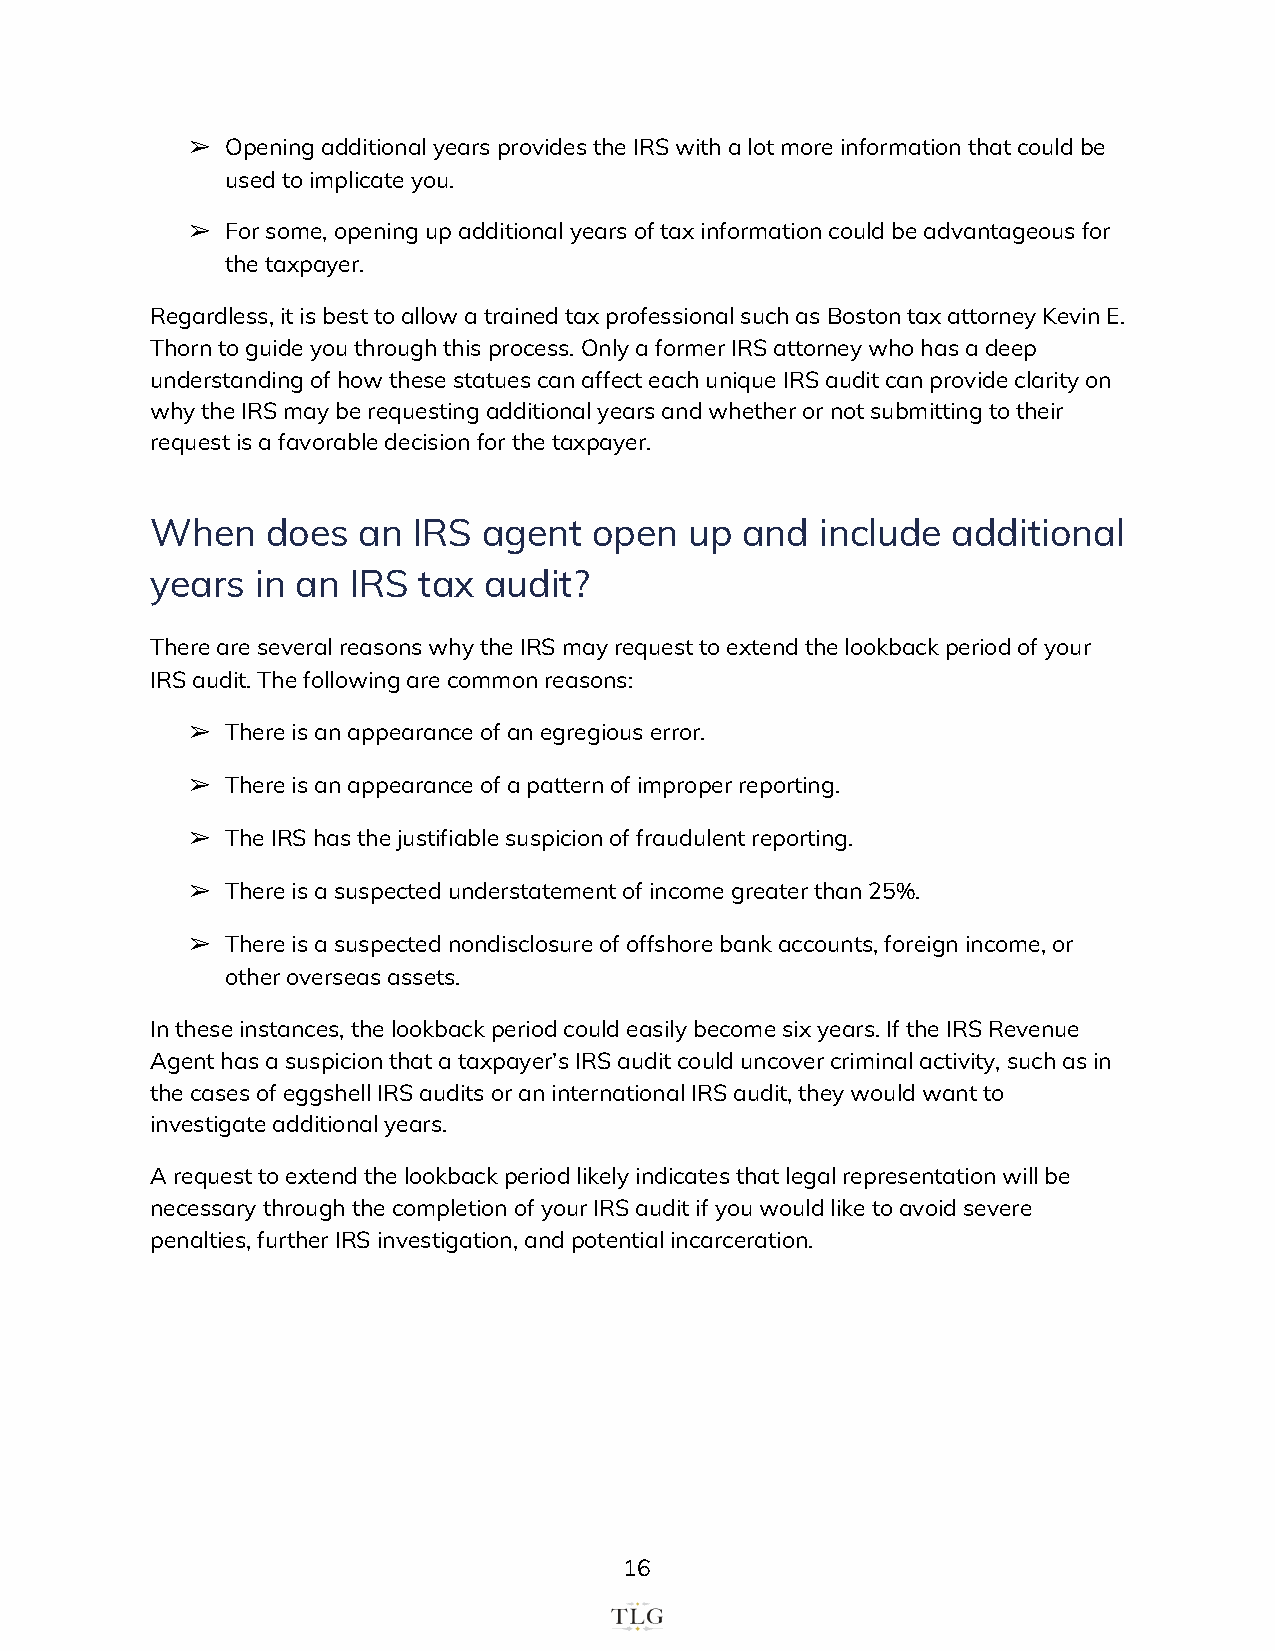
➢  Opening additional years provides the IRS with a lot more information that could be
 used to implicate you.
 ➢  For some, opening up additional years of tax information could be advantageous for
 the taxpayer.
 Regardless, it is best to allow a trained tax professional such as Boston tax attorney Kevin E.
 Thorn to guide you through this process. Only a former IRS attorney who has a deep
 understanding of how these statues can affect each unique IRS audit can provide clarity on
 why the IRS may be requesting additional years and whether or not submitting to their
 request is a favorable decision for the taxpayer.
 When    does  an IRS  agent  open   up and  include  additional
 years  in an IRS  tax audit?
 There are several reasons why the IRS may request to extend the lookback period of your
 IRS audit. The following are common reasons:
 ➢  There is an appearance of an egregious error.
 ➢  There is an appearance of a pattern of improper reporting.
 ➢  The IRS has the justifiable suspicion of fraudulent reporting.
 ➢  There is a suspected understatement of income greater than 25%.
 ➢  There is a suspected nondisclosure of offshore bank accounts, foreign income, or
 other overseas assets.
 In these instances, the lookback period could easily become six years. If the IRS Revenue
 Agent has a suspicion that a taxpayer’s IRS audit could uncover criminal activity, such as in
 the cases of eggshell IRS audits or an international IRS audit, they would want to
 investigate additional years.
 A request to extend the lookback period likely indicates that legal representation will be
 necessary through the completion of your IRS audit if you would like to avoid severe
 penalties, further IRS investigation, and potential incarceration.
 16